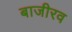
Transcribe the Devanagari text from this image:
बाजीरव